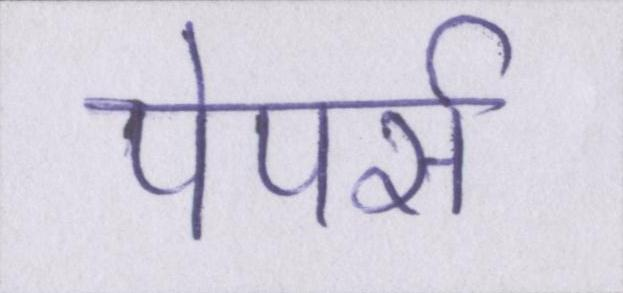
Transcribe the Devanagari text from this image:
पेपर्स